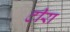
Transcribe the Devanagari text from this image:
टीरा